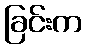
ခြင်းက